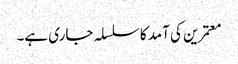
معتمرین کی آمد کا سلسلہ جاری ہے۔